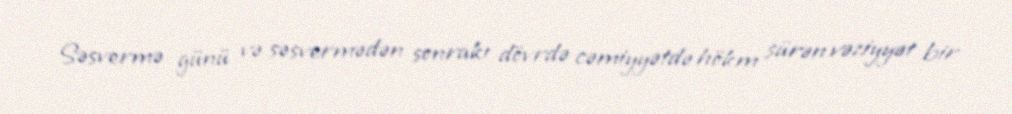
Səsvermə günü və səsvermədən sonrakı dövrdə cəmiyyətdə hökm sürən vəziyyət bir